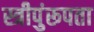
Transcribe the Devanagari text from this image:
स्त्रीपुंरूपता